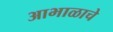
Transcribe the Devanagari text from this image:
आभाळाचे